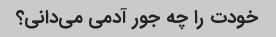
خودت را چه جور آدمی می‌دانی؟